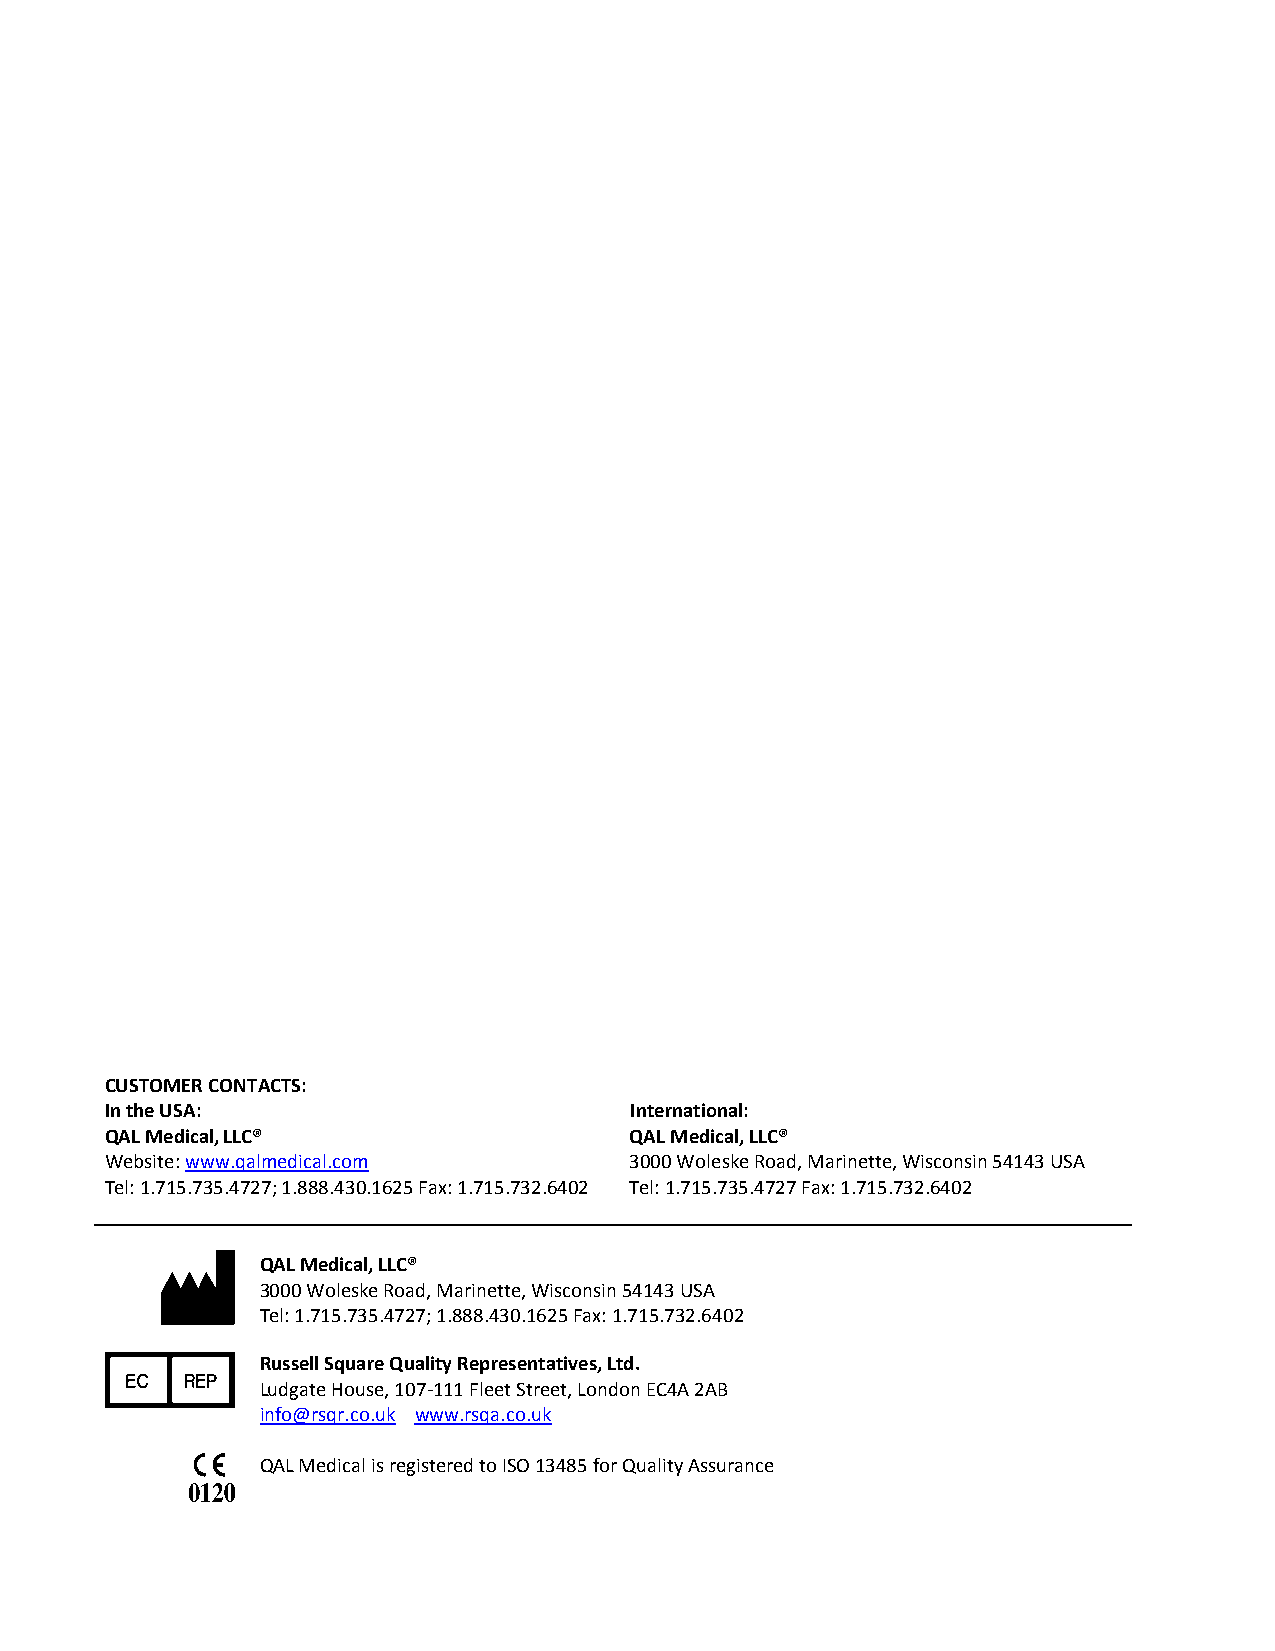
CUSTOMER CONTACTS:
 In the USA:                        International:
 QAL Medical, LLC®                  QAL Medical, LLC®
 Website: www.qalmedical.com        3000 Woleske Road, Marinette, Wisconsin 54143 USA
 Tel: 1.715.735.4727; 1.888.430.1625 Fax: 1.715.732.6402 Tel: 1.715.735.4727 Fax: 1.715.732.6402
 M
 QAL Medical, LLC®
 3000 Woleske Road, Marinette, Wisconsin 54143 USA
 Tel: 1.715.735.4727; 1.888.430.1625 Fax: 1.715.732.6402
 P
 Russell Square Quality Representatives, Ltd.
 Ludgate House, 107-111 Fleet Street, London EC4A 2AB
 info@rsqr.co.uk www.rsqa.co.uk
 QAL Medical is registered to ISO 13485 for Quality Assurance